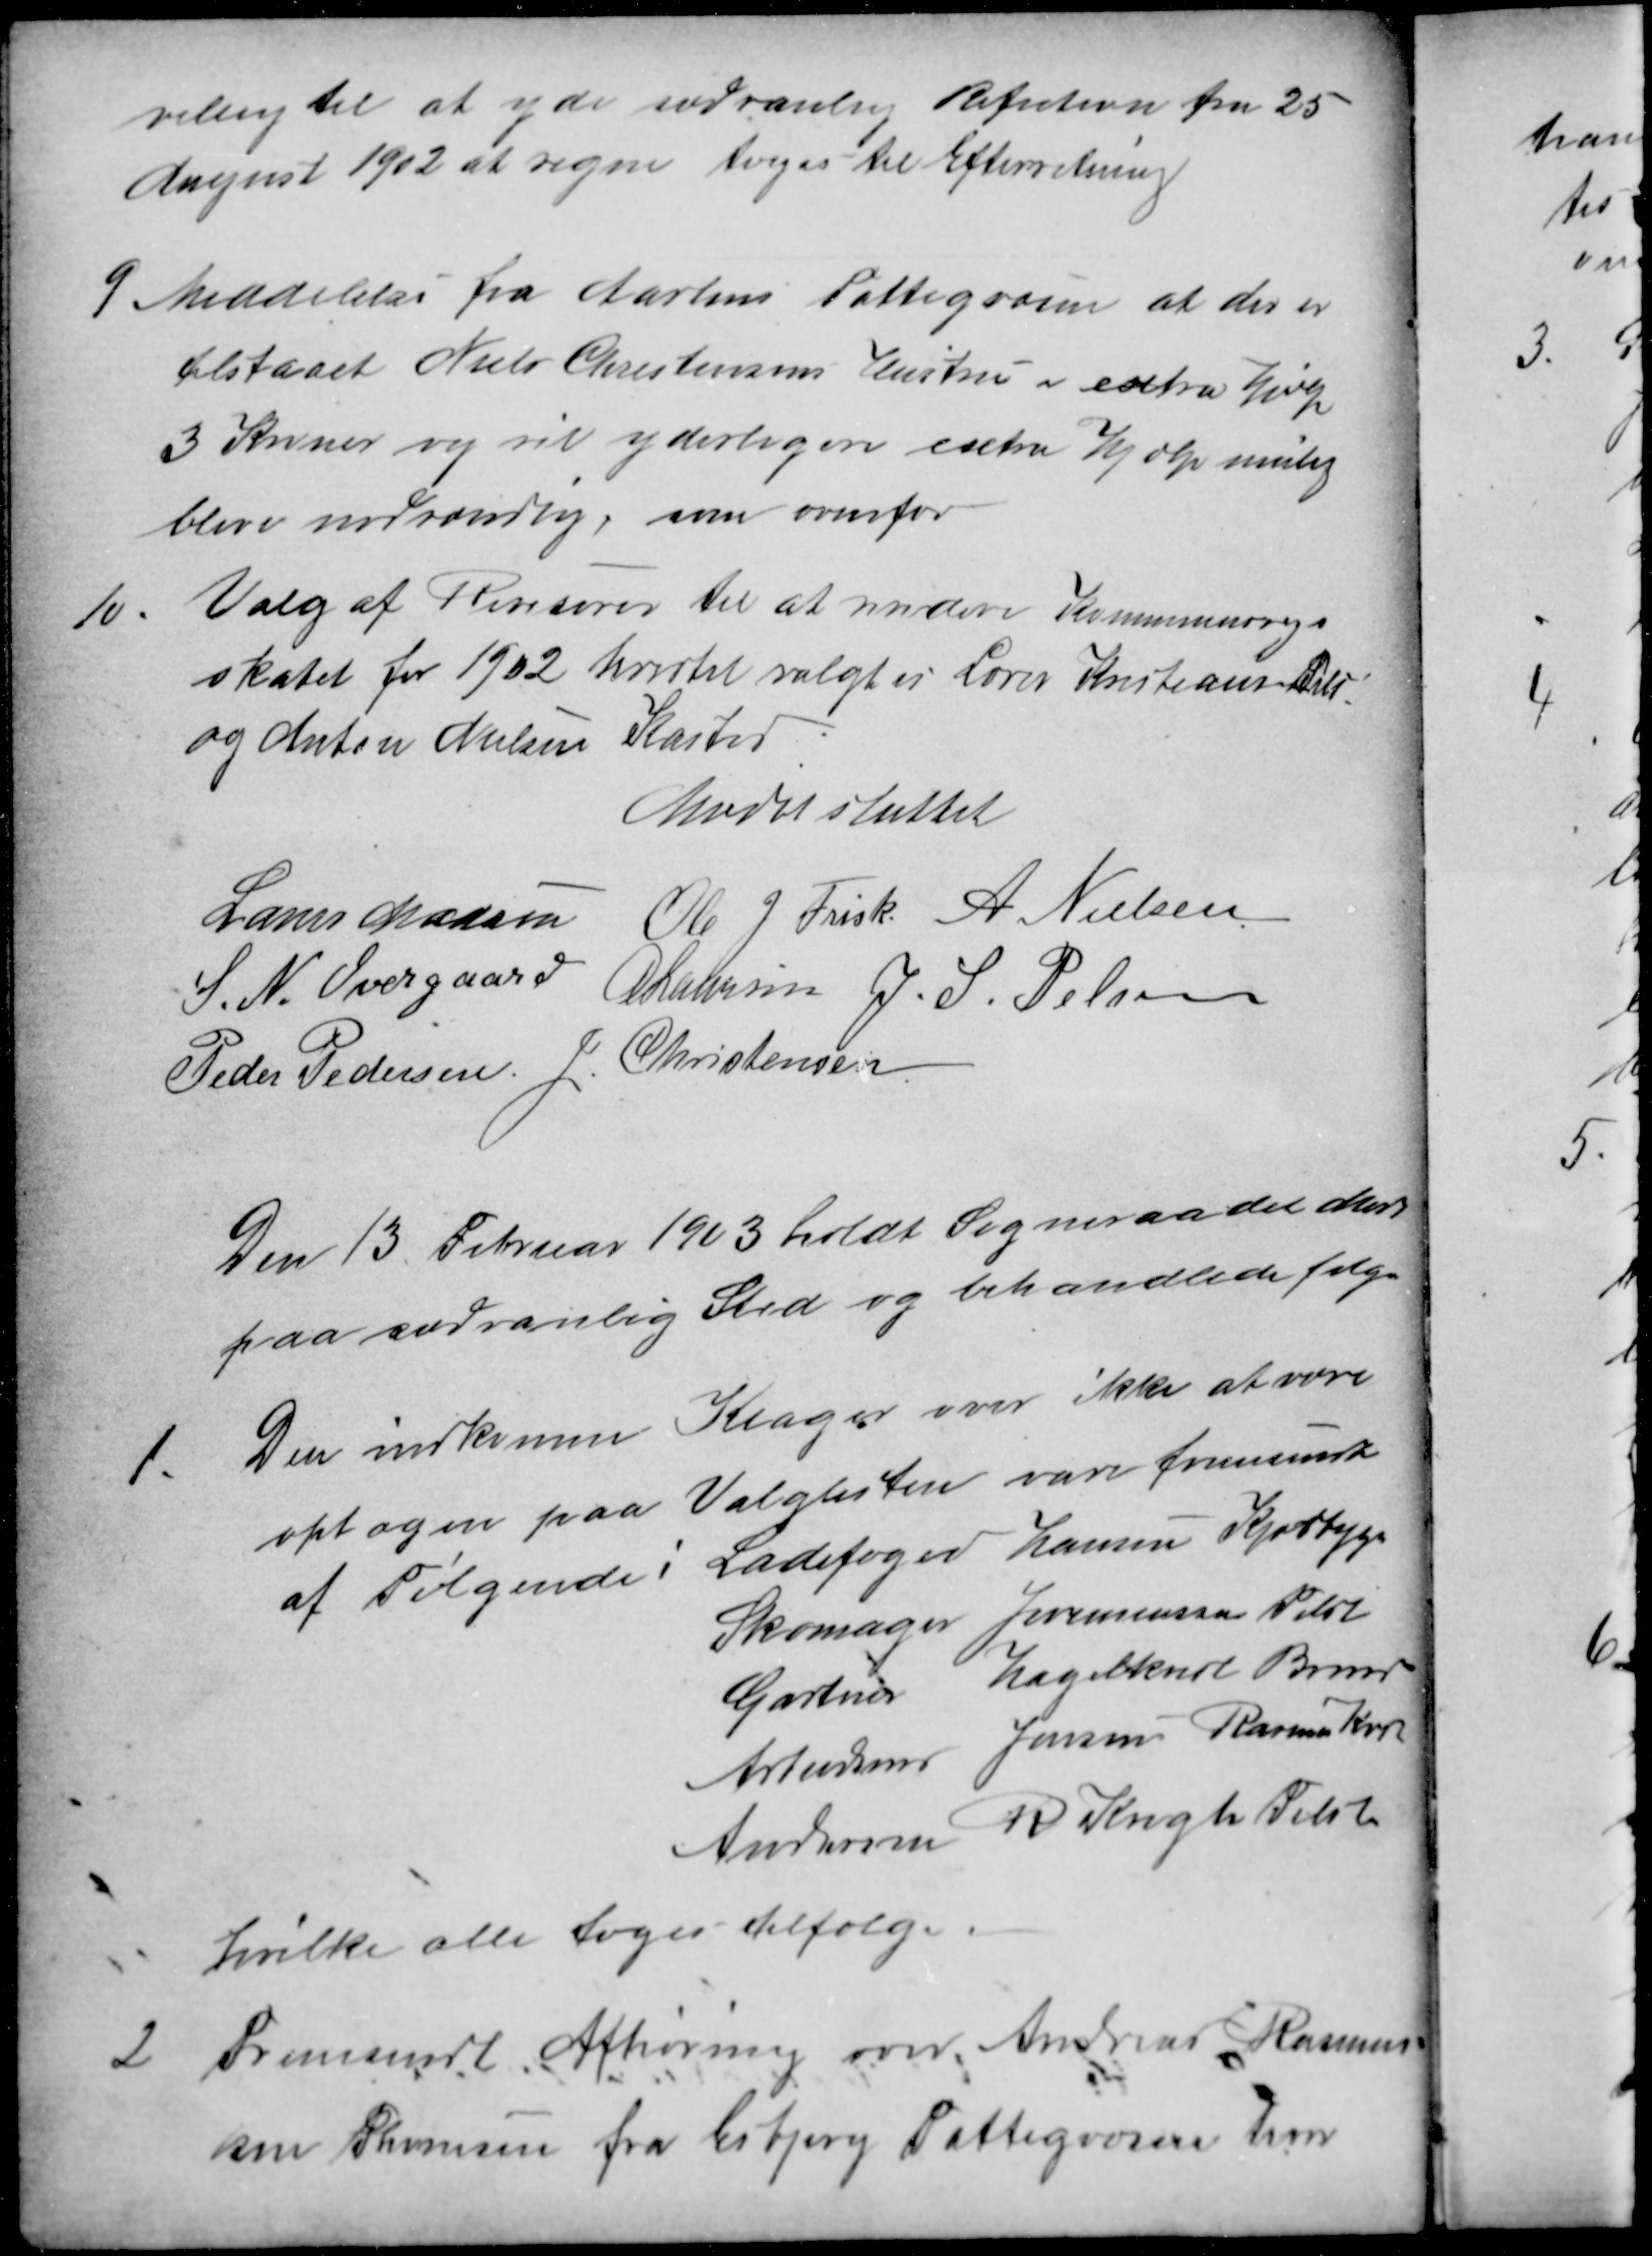
Transskription:
villig til at yde sædvanlig Refution fra 25
August 1902 at regne toges til Efterretning
9 Meddelelse fra Aarhus Fattigvæsen at der er
tilstaaet Niels Christensens Hustru i extra Hjælp
3 Kroner og vil yderligere extra Hjælp mulig
blive nødvendlig, som ovenfor
10.
Valg af Revisorer til at revidere Kommuneregn
skabet for 1902 hvortil valgtes Lærer Kristiansen Tilst
og Anton Nielsen Kasted
Mødet sluttet
Laurs Madsen
Ole J. Frisk
A. Nielsen
S. N. Overgaard
A Laursen J. S. Pelsen
Peder Pedersen
J. Christensen
Den 13. Februar 1923 holdt Sogneraadet Møde
paa sædvanlig Sted og behandlede følge
1.
Den indkomne Klager over ikke at være
optagen paa Valglisten vare fremsendt
af Følgende:
Ladefoged Hansen Kjærbygr
Skomager Jeremiassen Tilst
Gartner Hagelkvist Brend
Arbeidsmd Jensen Rasmus Kasted
Arbeidsmd R Krogh Tilst
hvilke alle toges tilfølge.
2
Fremsendt  Afhøring over Andreas Rasmus
sen Thomsen fra Esbjerg Fattigvæsen hvor